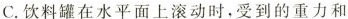
C.饮料罐在水平面上滚动时，受到的重力和